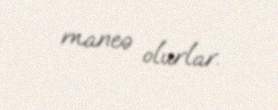
maneə olurlar.